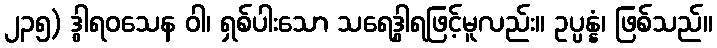
၂၃၅) ဒွါရဝသေန ဝါ၊ ရှစ်ပါးသော သရေဒွါရဖြင့်မူလည်း။ ဥပ္ပန္နံ၊ ဖြစ်သည်။